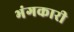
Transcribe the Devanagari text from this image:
भंगकारी